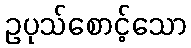
ဥပုသ်စောင့်သော